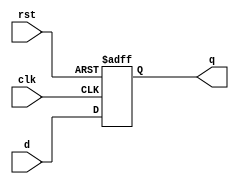
`timescale 1ns / 1ps

// a d-flop with clk and reset signals, it can be use in pc unit and pipeline register

module flop #(parameter WIDTH = 8)(
	input wire clk,rst,
	input wire[WIDTH-1:0] d,
	output reg[WIDTH-1:0] q
    );
	always @(negedge clk,posedge rst) begin
		if(rst) begin
			q <= 0;
		end else begin
			q <= d;
		end
	end
endmodule